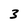
Character: 3